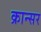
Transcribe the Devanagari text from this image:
क्रान्सर